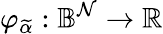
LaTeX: \varphi_{\widetilde{\alpha}}:\mathbb{B}^{\mathcal{N}}\rightarrow\mathbb{R}